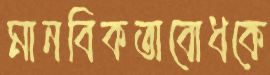
মানবিকতাবোধকে